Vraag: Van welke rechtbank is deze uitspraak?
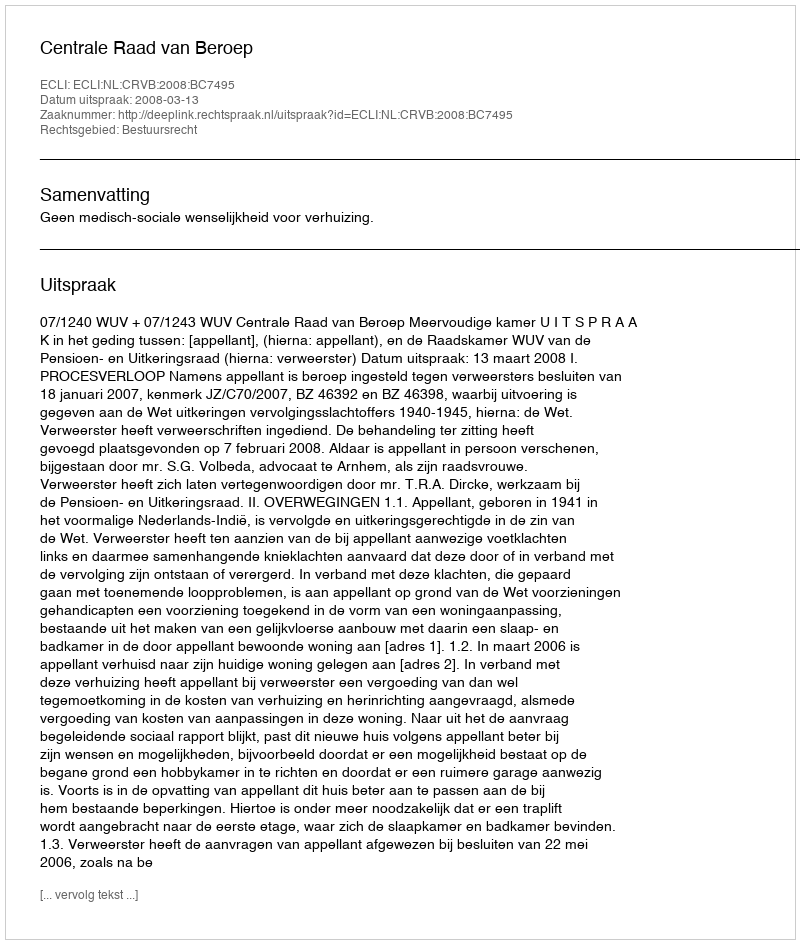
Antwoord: Centrale Raad van Beroep